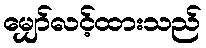
မျှော်လင့်ထားသည်